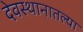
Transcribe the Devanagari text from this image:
देवस्थानातल्या